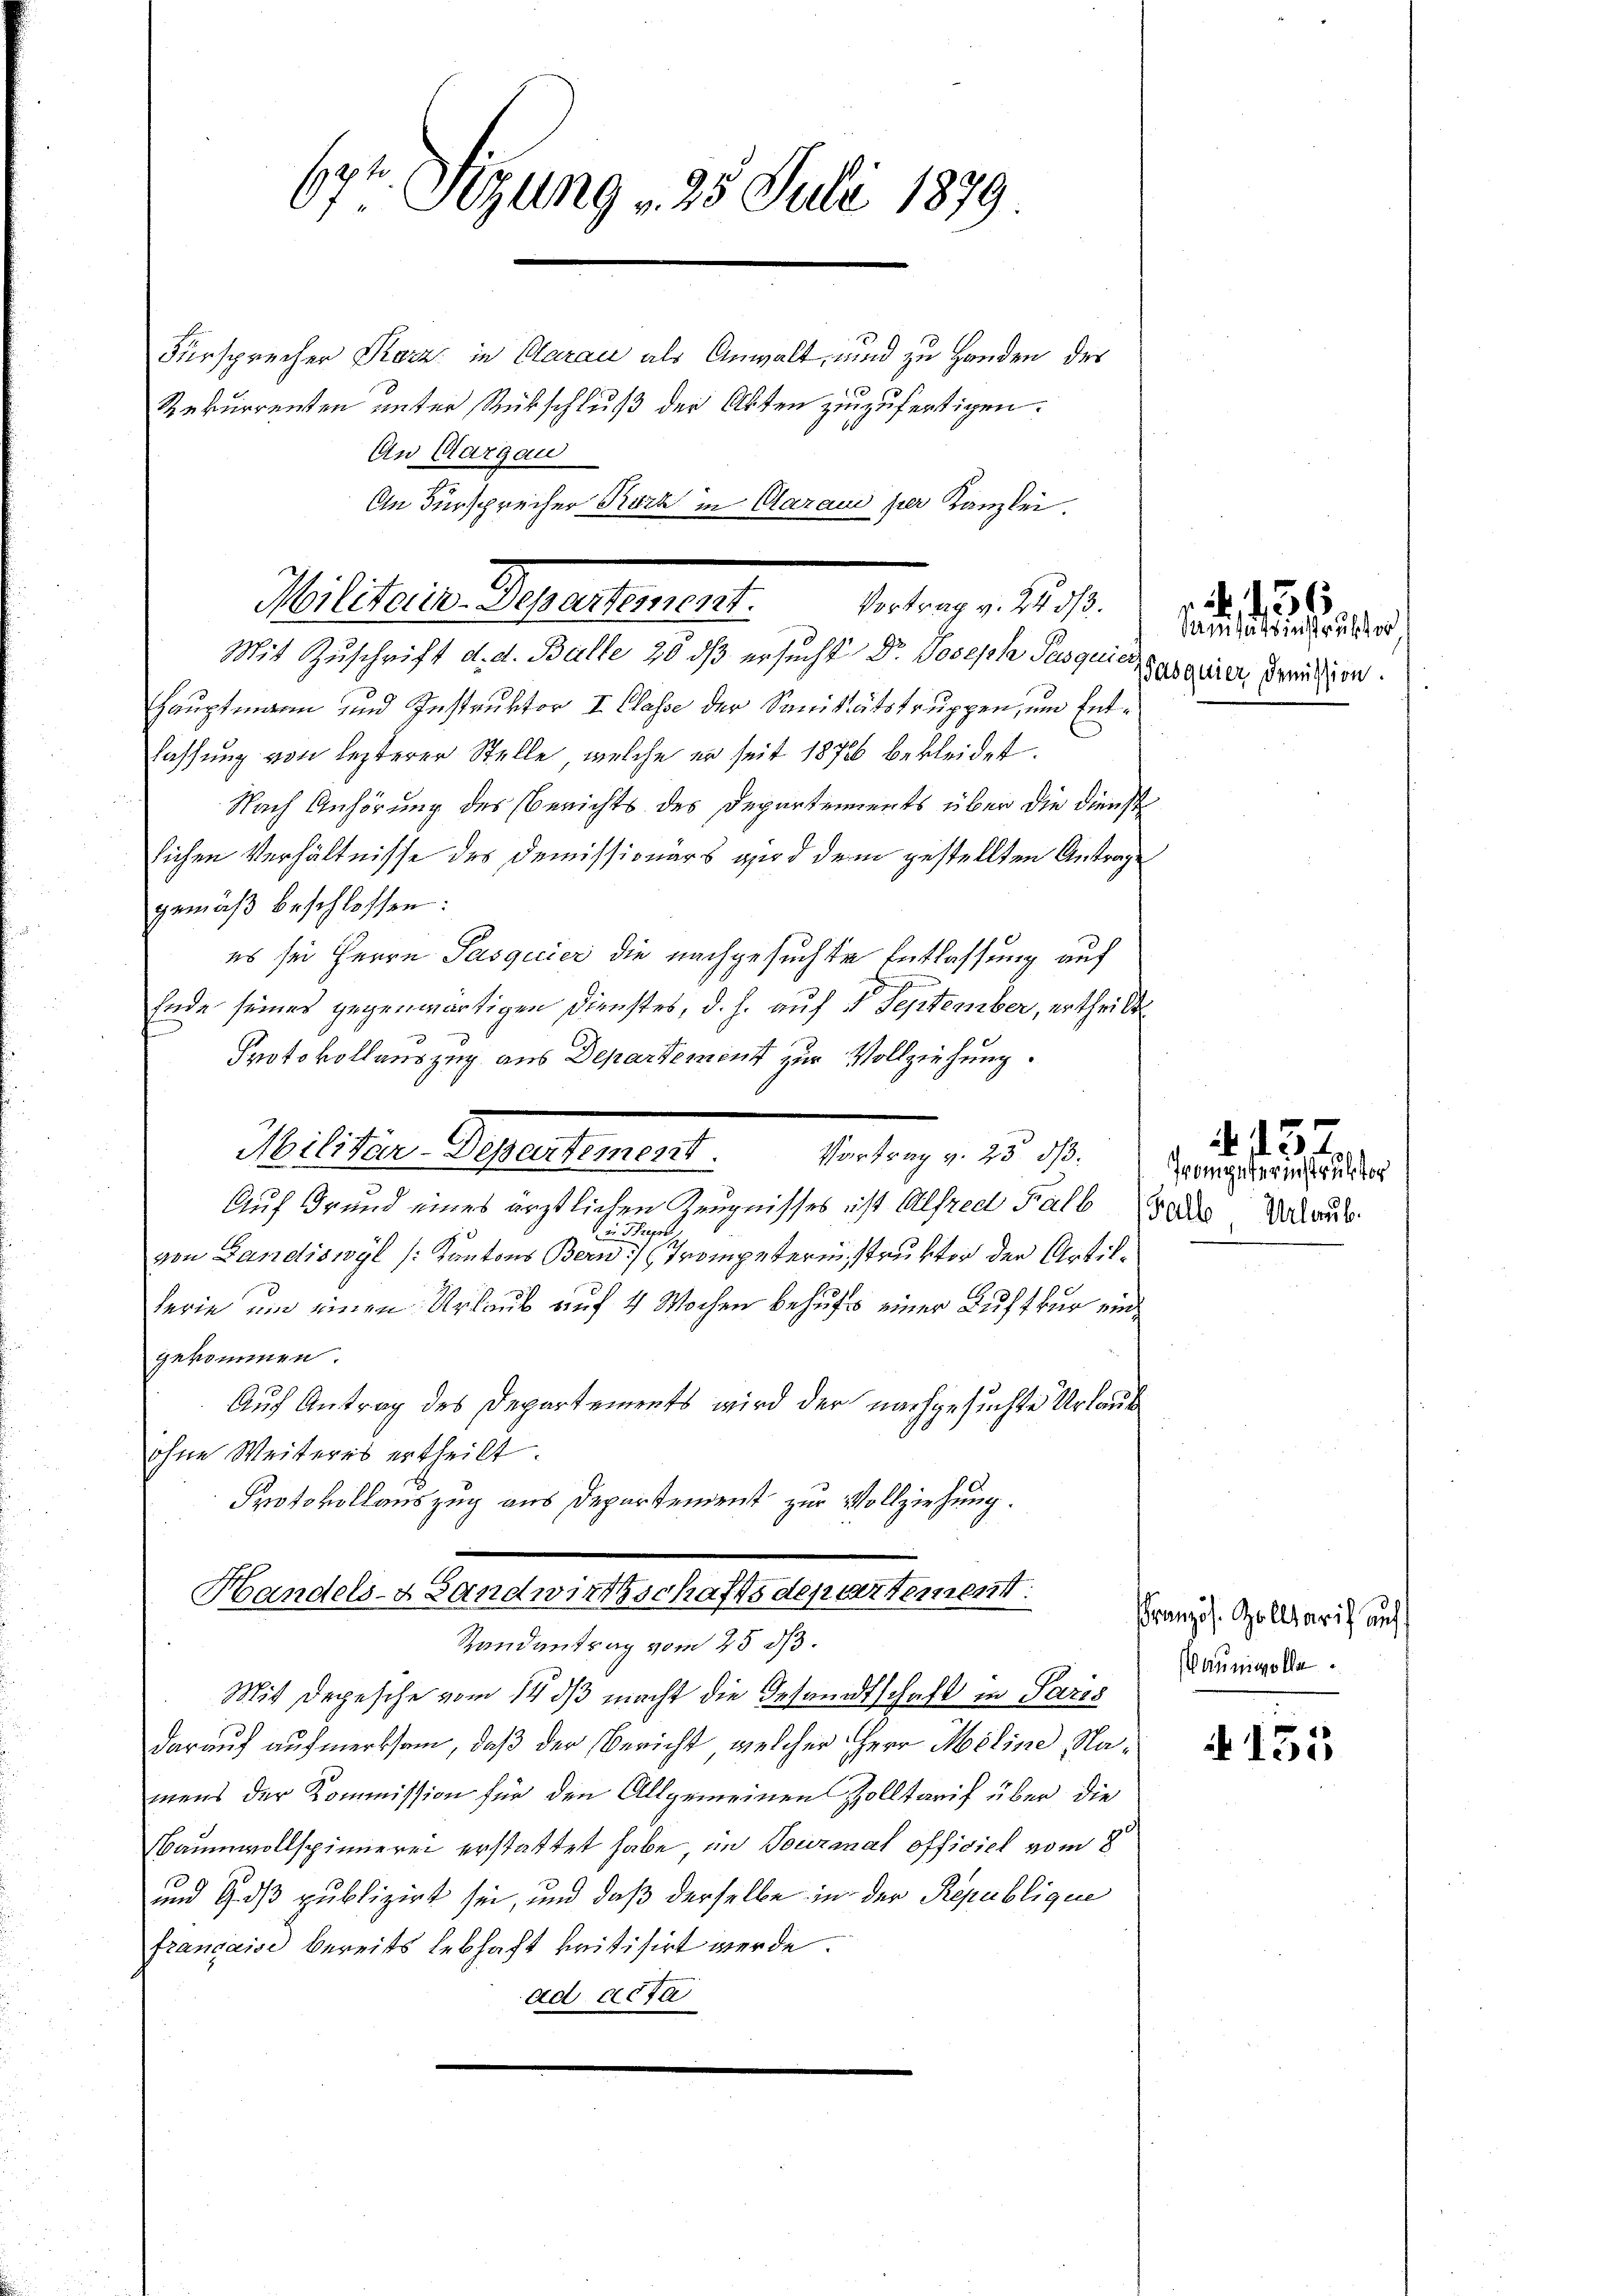
Fürsprecher Porz, in Clarau als Anwalt, und zu Handen des
Rekurrenten unter Rückschluß der Akten zuzufertigen.
An Aargau
Hauptmann und Instruktor I. Classe der Sanitätstruppen, um Entlassung von lezterer Stelle, welche er seit 1872 bekleidet.
Nach Anhörung des Berichts des Departements über die Dienst
lichen Verhältnisse des Demissionärs wird dem gestellten Antrage
gemäß beschlossen:
es sei Herrn Pasquier die nachgesuchte Entlassung auf
Ende seines gegenwärtigen Dienstes, d. h. auf 7 September, ertheilt
2
Protokollauszug aus Departement zur Vollziehung.
Auf Grund eines ärztlichen Zeugnisses ist Alfred Halb
i Sup
von Landiswyl (Kantons Bern) (Trompeterinstruktor der Artillerie um einen Urlaub auf 4 Wochen behufs einer Luft für ein
gekommen.
Auf Antrag des Departements wird der nachgesuchte Urlaub
ohne Weiteres ertheilt.
Protokollauszug aus Departement zur Vollziehung.
Handels- Landwirtschaftsdepartement:
Randantrag vom 25. ds.
Mit Depesche vom 14. dβ macht die Gesandtschaft in Paris
darauf aufmerksam, daß der Bericht, welcher HHerr Meline, Namens der Kommission für den Allgemeinen Zolltarif über die
Baumwollspinnerei erstattet habe im Tournal officiel vom 8
und Goß publizirt sei, und daß derselbe in der Republigen
française bereits lebhaft kritisirt werde.
ad acta

67t. Sizung . 25. Juli 1879

An Fürsprecher Kark in Aaraus per Kanzlei.

Militeren Gerartementl. Antrage 1890.
Mit Zuschrift d. d. Balle 20 dß ersucht Dr. Joseph Pasquitabaier darision.

eclitern Separtement.
Vortrag v. 25. ds.

Sanitätsinstrukt er

56

Trompeterinstruktor
Galle Urlaub.

157.

Französ. Zolltarif auf
(Baumwolle

A 155